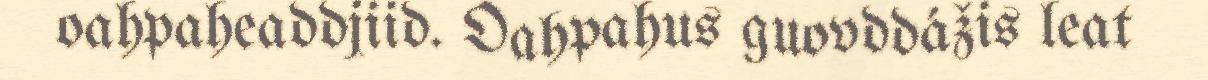
oahpaheaddjiid. Oahpahus guovddážis leat